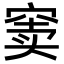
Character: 窦